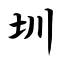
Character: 圳